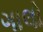
ગાલો